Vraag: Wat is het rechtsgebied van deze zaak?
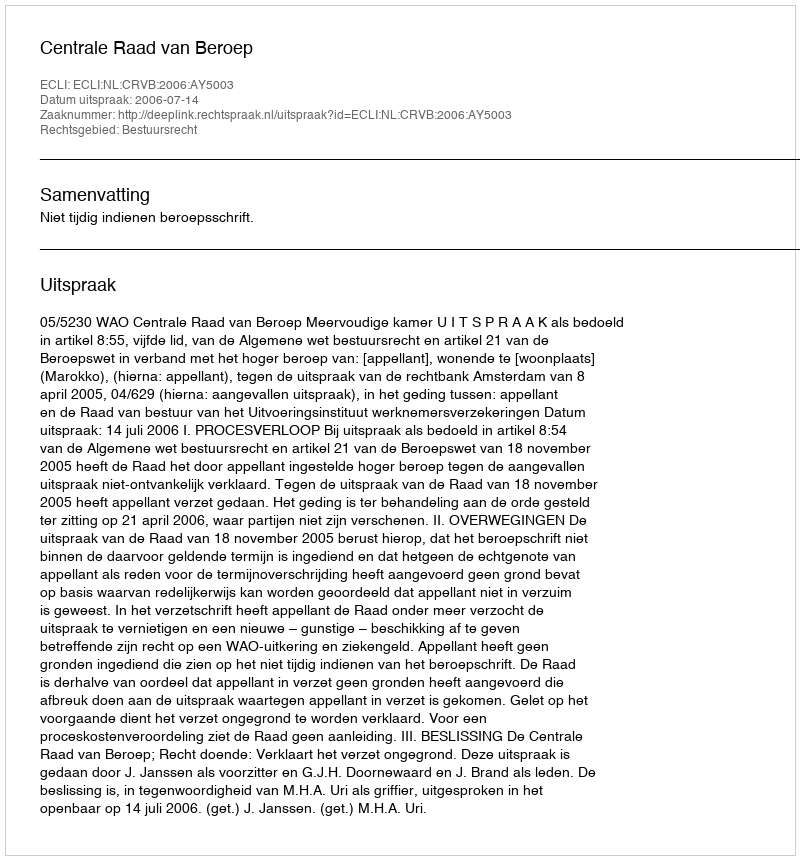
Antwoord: Bestuursrecht